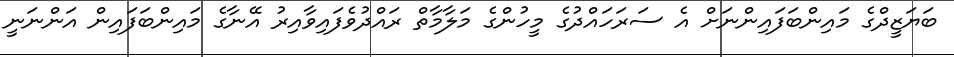
ބަޔަޒީދްގެ މައިންބަފައިންނަށް އެ ސަރަހައްދުގެ މީހުންގެ މަލާމާތް ރައްދުވެފައިވާއިރު އޭނާގެ މައިންބަފައިން އަންނަނީ